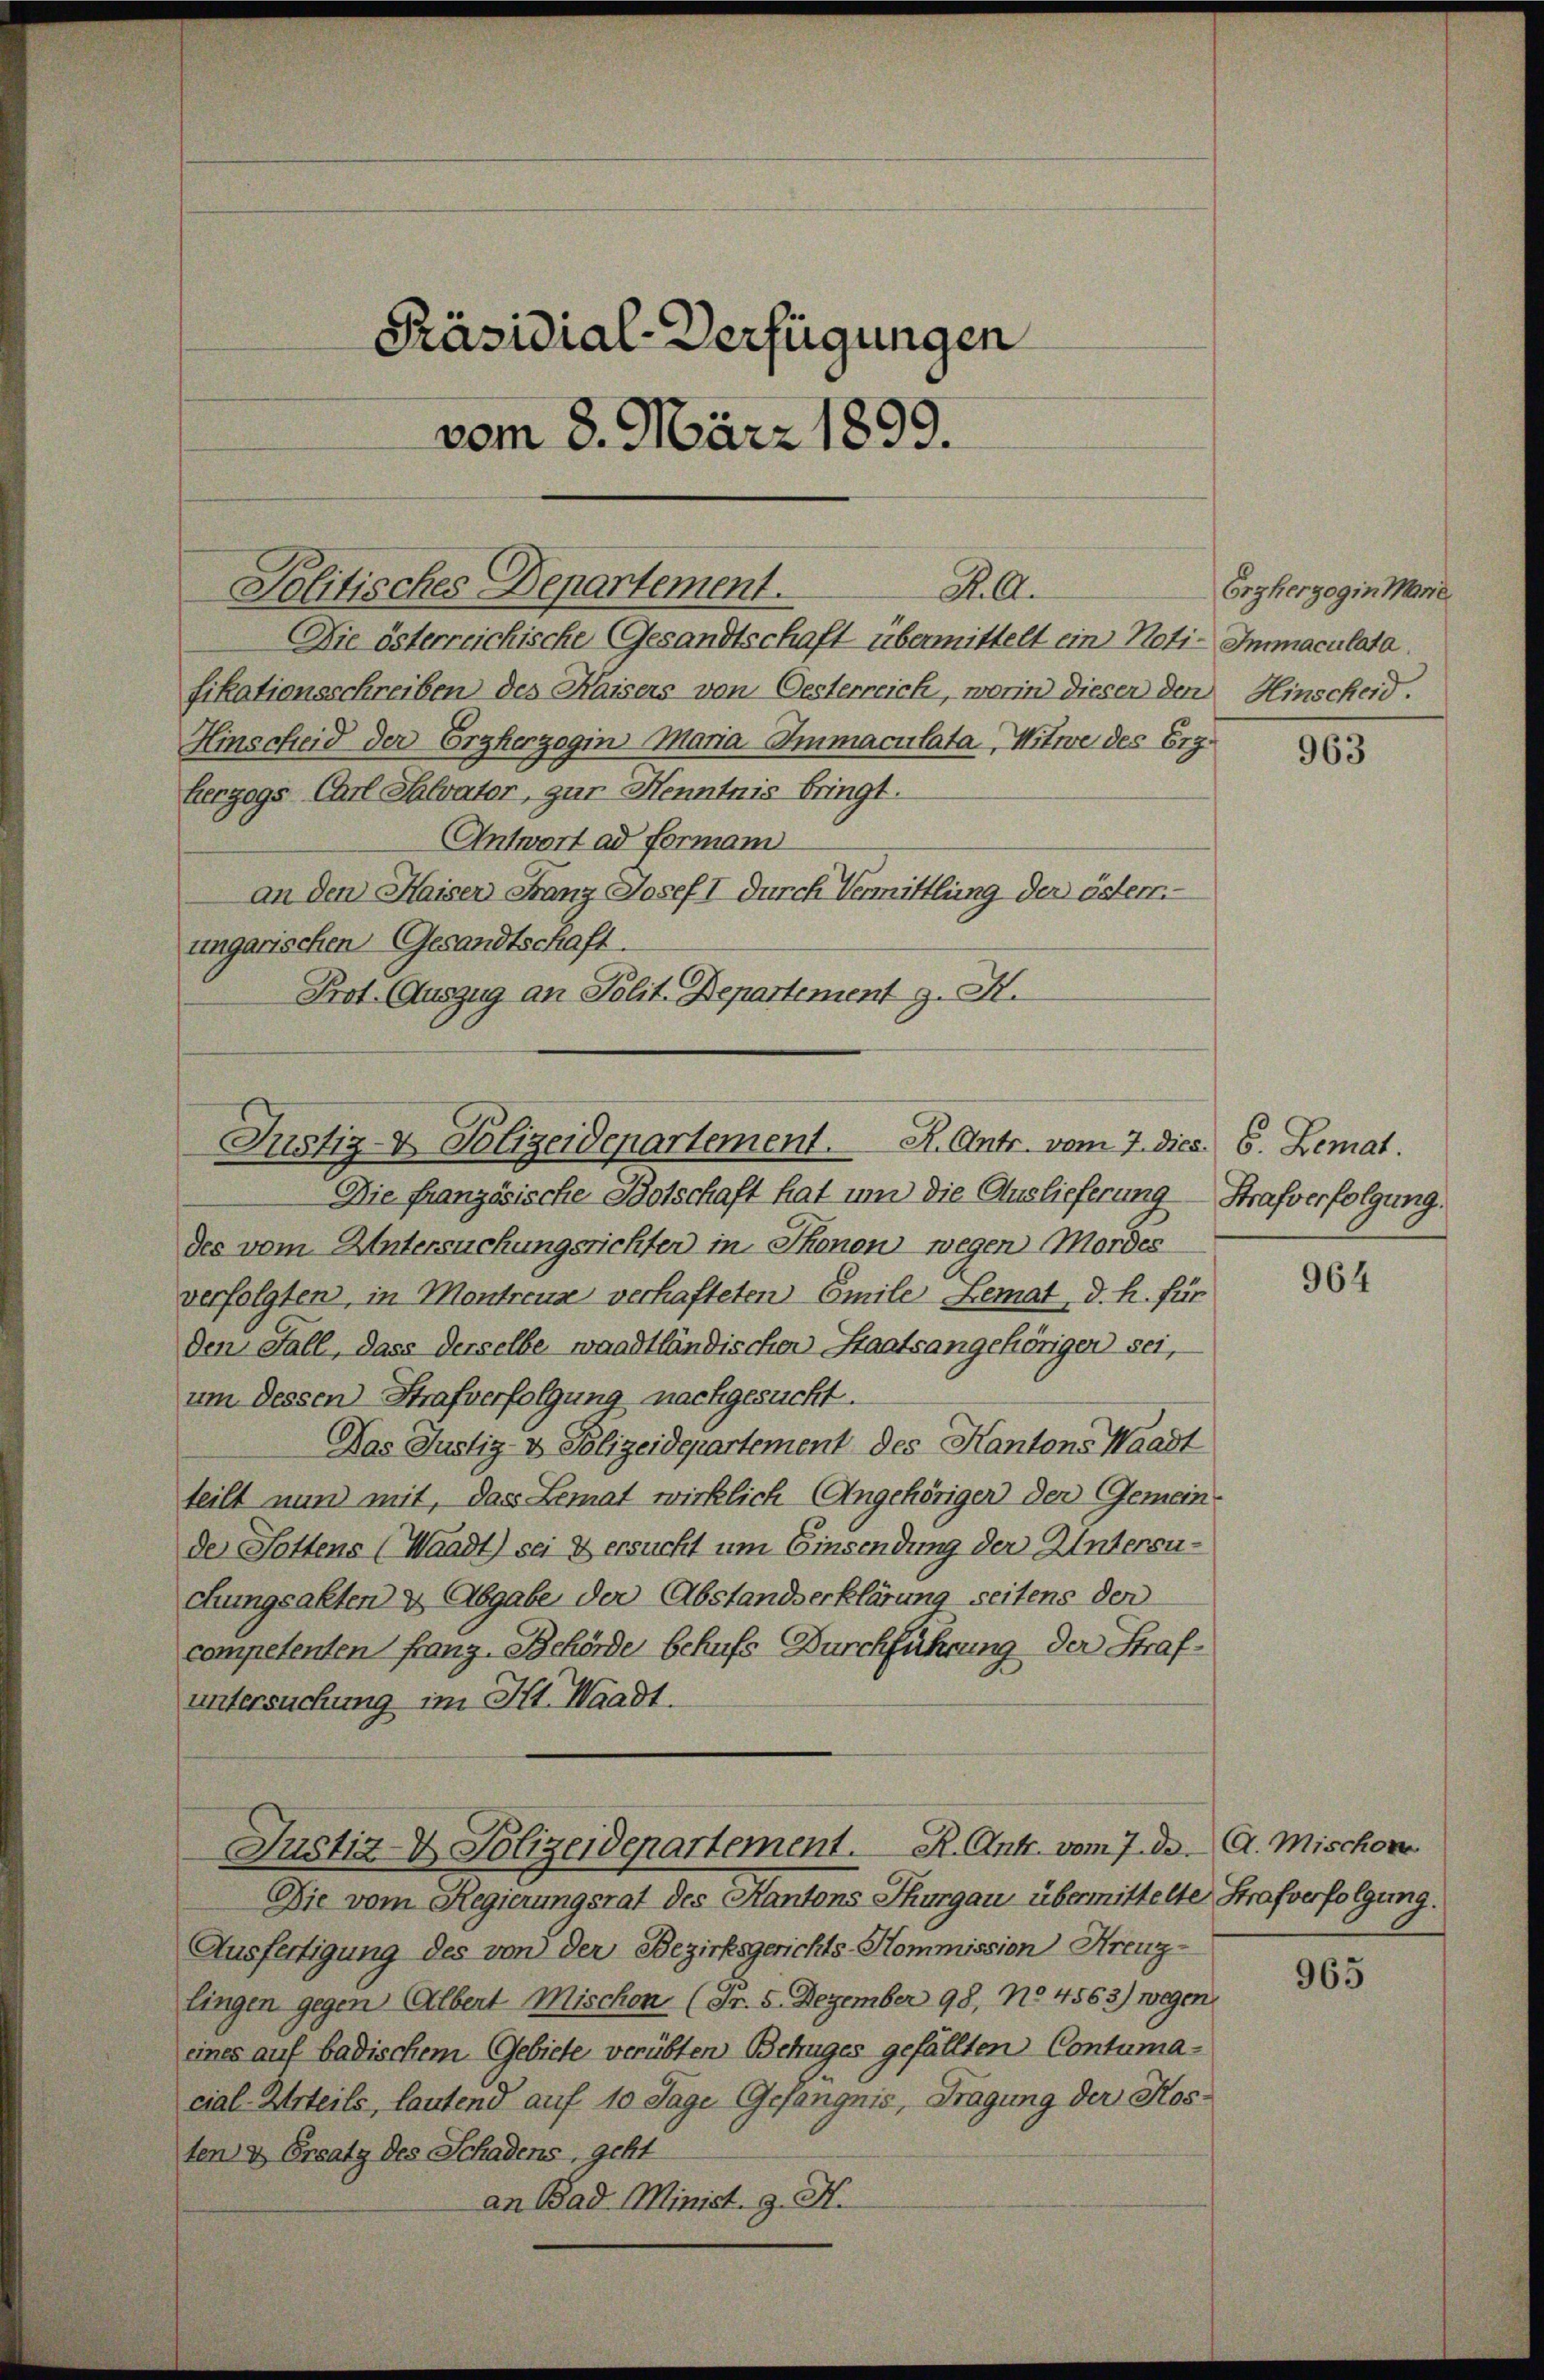
Präsidial-Verfügungen
vom 8. März 1899.

fikationsschreiben des Kaisers von Oesterreich, worin dieser den Hinscheid.
Hinscheid der Erzherzogin Maria-Immaculata, Witwe des Ergherzogs Carl Salvater, zur Henntnis bringt.
Antwort ad Formann
an den Haiser Franz Josef I durch Vermittlung der öster.
ungarischen Gesandtschaft.
Prot. Auszug an Polit. Departement z. K.

B. l.
Politisches Departement.
Die österreichische Gesandtschaft übermittelt ein Noti-Immaculata.

Justiz- & Polizeidepartement. K. Antr. vom 7. dies 6. Lemat.

Die französische Botschaft hat um die Auslieferung - Strafverfolgung.
des vom Untersuchungsrichter in Thonen wegen Mordes
verfolgten, in Montreus verhafteten Emile Lemat, d. h. für
den Fall, dass derselbe waadtländischer Staatsangehörigen sei,
um dessen Strafverfolgung nachgesucht.
Das Justiz- & Polizeidepartement des Kantons Waadt
teilt nun mit, das Lemat wirklich Angehörigen der Gemein-
de Lottens (Waadt) sei & ersucht um Einsendung der Untersuchungsakten & Abgabe der Abstandserklärung seitens der
competenten Franz Behörde behufs Durchführung der Strafuntersuchung im Kt. Waadt.
Justiz- & Polizeidepartement. R. Ant. vom 7. d. A. Mischon
Die vom Regierungsrat des Kantons Thurgau übermittelte Strafverfolgung.
Ausfertigung des von der Bezirksgerichts-Kommission Kreuz-
lingen gegen Albert Mischon (Fr. 5. Dezember 98, No 4563) wegen
eines auf badischem Gebiete verübten Betruges gefällten Contumacial-Urteils, lautend auf 10 Tage Gefängnis, Tragung der Kosten & Ersatz des Schadens, geht
an Bad Minist. H. H.

Erzherzogin Marie

963

964

965